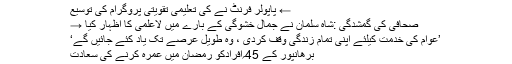
← پاپولر فرنٹ نے کی تعلیمی تقویتی پروگرام کی توسیع
صحافی کی گمشدگی :شاہ سلمان نے جمال خشوگی کے بارے میں لاعلمی کا اظہار کیا →
’عوام کی خدمت کیلئے اپنی تمام زندگی وقف کردی ، وہ طویل عرصے تک یاد کئے جائیں گے‘
برھانپور کے 45؍افرادکو رمضان میں عمرہ کرنے کی سعادت